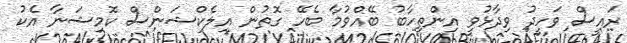
ރައީސް ވަހީދު ވިދާޅުވީ އިންތިހާބު ބޭއްވުމާ ބެހޭ ގޮތުން އިލެކްޝަންސް ކޮމިޝަނާ އެކު